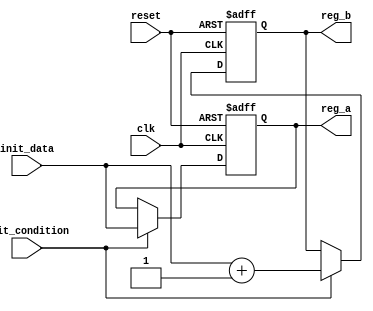
module ConditionalInitialization (
    input wire clk,                // Clock signal
    input wire reset,              // Asynchronous reset signal
    input wire init_condition,     // Control signal for initialization
    input wire [7:0] init_data,    // Data input for initialization
    output reg [7:0] reg_a,        // Initialized register A
    output reg [7:0] reg_b         // Initialized register B
);

// Initialization logic
always @(posedge clk or posedge reset) begin
    if (reset) begin
        // Reset condition: clear registers to default values
        reg_a <= 8'b0;
        reg_b <= 8'b0;
    end else if (init_condition) begin
        // Conditional initialization
        reg_a <= init_data;        // Assign data to register A
        reg_b <= init_data + 1;    // Assign modified data to register B
    end
    // If init_condition is not met, retain current values of reg_a and reg_b
end

endmodule